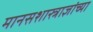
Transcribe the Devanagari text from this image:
मानसशास्त्राज्ञांच्या